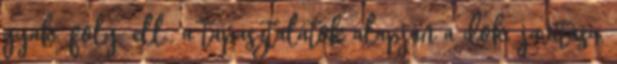
gyak. foly. ell., a tapasztalatok alapján a dok. javítása,